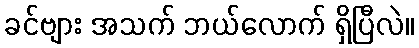
ခင်ဗျား အသက် ဘယ်လောက် ရှိပြီလဲ။